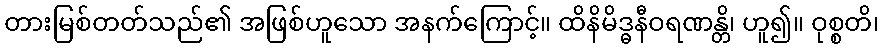
တားမြစ်တတ်သည်၏ အဖြစ်ဟူသော အနက်ကြောင့်။ ထိနိမိဒ္ဓနီဝရဏန္တိ၊ ဟူ၍။ ဝုစ္စတိ၊